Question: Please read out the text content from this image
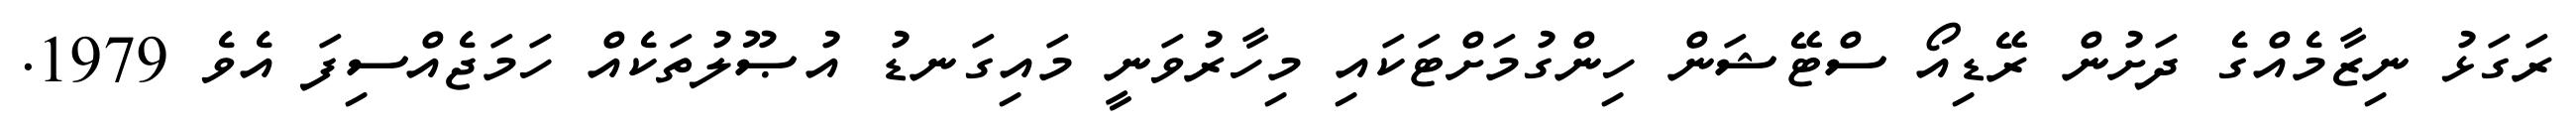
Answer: ރަގަޅު ނިޒާމެއްގެ ދަށުން ރޭޑިއޯ ސްޓޭޝަން ހިންގުމަށްޓަކައި މިހާރުވަނީ މައިގަނޑު އުޞޫލުތަކެއް ހަމަޖެއްސިފަ އެވެ 1979.